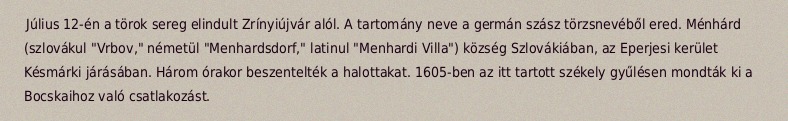
Július 12-én a törok sereg elindult Zrínyiújvár alól. A tartomány neve a germán szász törzsnevéből ered. Ménhárd (szlovákul "Vrbov," németül "Menhardsdorf," latinul "Menhardi Villa") község Szlovákiában, az Eperjesi kerület Késmárki járásában. Három órakor beszentelték a halottakat. 1605-ben az itt tartott székely gyűlésen mondták ki a Bocskaihoz való csatlakozást.